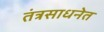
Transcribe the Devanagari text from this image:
तंत्रसाधनेत